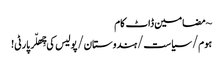
~ مضامین ڈاٹ کام
ہوم/سیاست/ہندوستان/پولیس کی چِھلّر پارٹی!